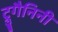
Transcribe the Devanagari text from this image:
ट्रुगैनिनी